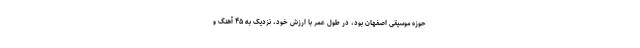
حوزه موسیقی اصفهان بود، در طول عمر با ارزش خود، نزدیک به ۴۵ آهنگ و